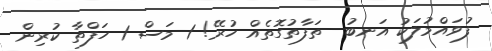
ފުވައްމުލަކު އަނބު  ތަފާތުގޮތެއް ހުރޭ! 1 މަސް 1 ހަފްތާ ކުރިން